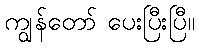
ကျွန်တော် ပေးပြီးပြီ။